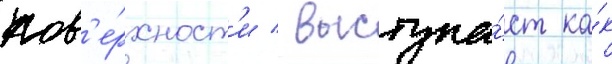
пов'е́рхност'и / выступа́ет ка́к